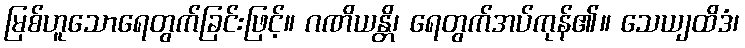
မြစ်ဟူသောရေတွက်ခြင်းဖြင့်။ ဂဏိယန္တိ၊ ရေတွက်အပ်ကုန်၏။ သေယျထိဒံ၊